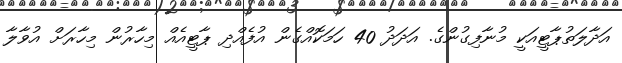
އަދާލަތުޕާޓީއަކީ މުނާފިގުންގެ. އަދަދު 40 ހަމަކޮއްގެން އުފެއްދި ޕާޓީއެއް މިހާރުން މިހާރަށް އުވާލާ